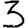
Digit: 3